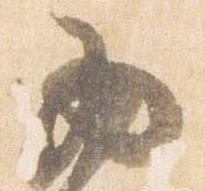
西